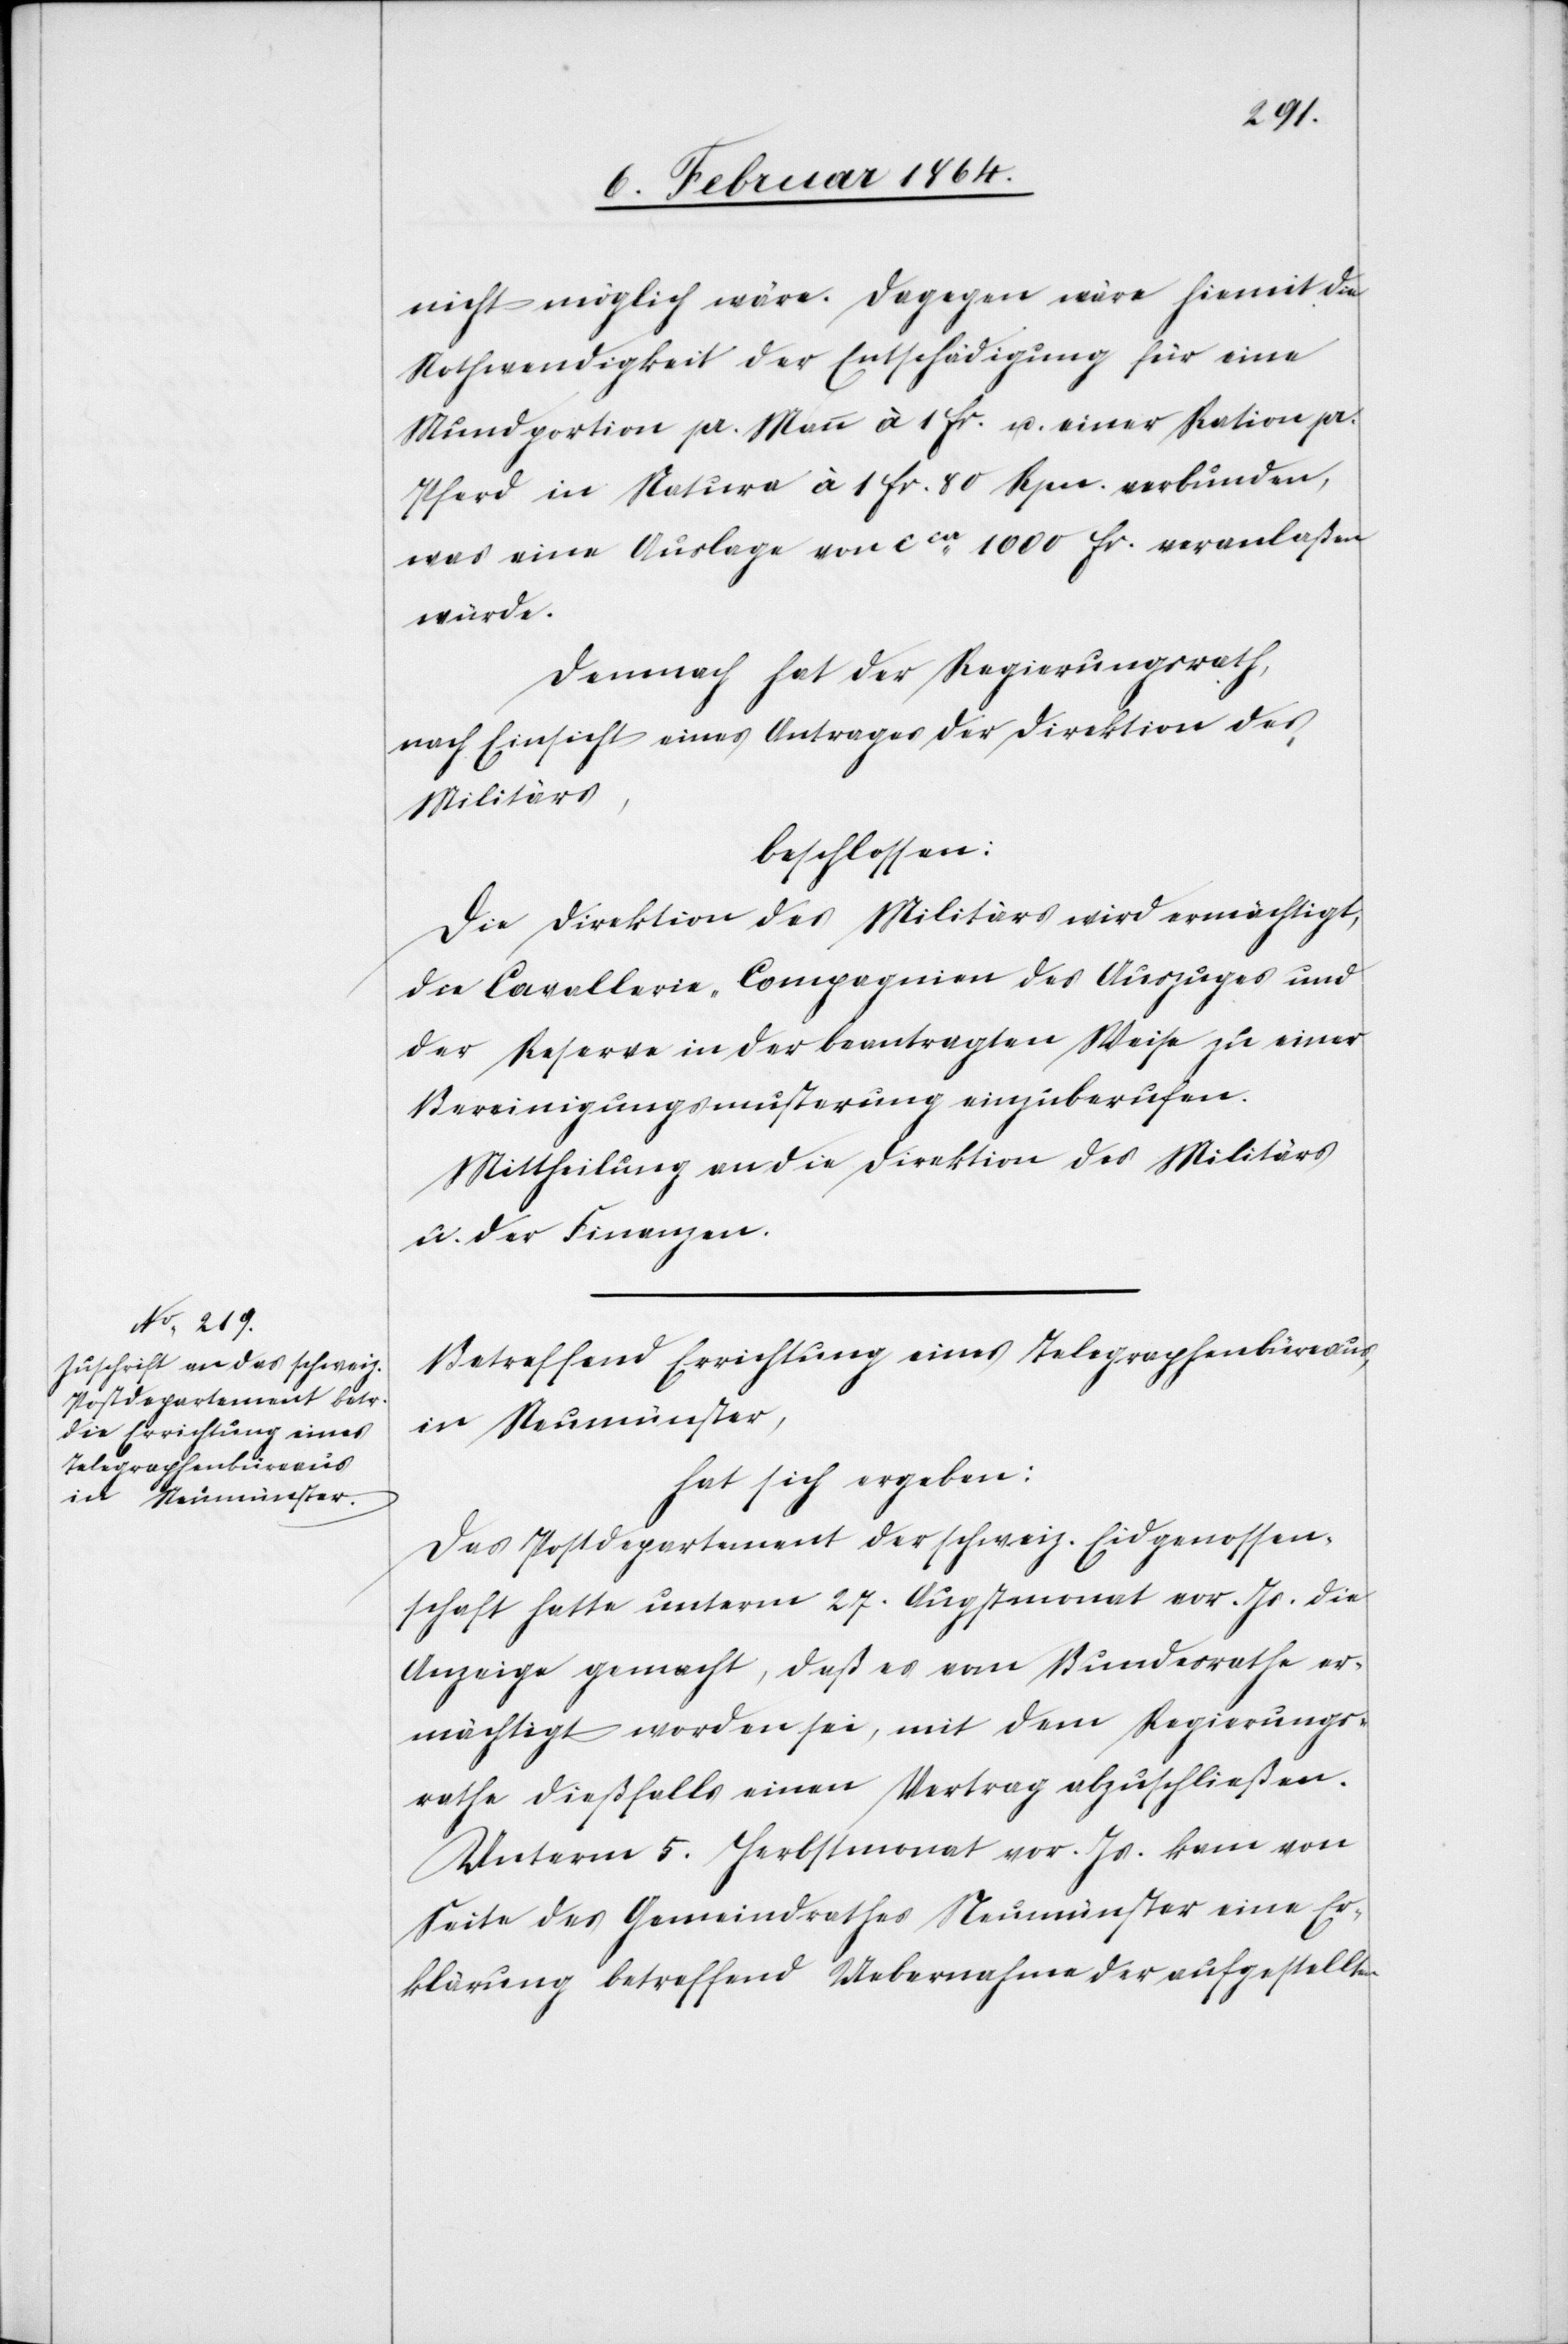
nicht möglich wäre. Dagegen wäre hiemit die
Nothwendigkeit der Entschädigung für eine
Mundportion pr. Mann à 1 fr. u. einer Ration pr.
Pferd in Natura à 1 fr. 80 Rpn. verbunden,
was eine Auslage von cca 1000 fr. veranlaßen
würde.
Demnach hat der Regierungsrath,
nach Einsicht eines Antrages der Direktion des
Militärs,
beschlossen:
Die Direktion des Militärs wird ermächtigt,
die Cavallerie-Compagnion des Auszuges und
der Reserve in der beantragten Weise zu einer
Bereinigungsmusterung einzuberufen.
Mittheilung an die Direktion des Militärs
u. der Finanzen.
Betreffend Errichtung eines Telegraphenbüreaus,
in Neumünster,
hat sich ergeben:
Das Postdepartement der schweiz. Eidgenossen¬
schaft hatte unterm 27. Augustmonat vor. Js. die
Anzeige gemacht, daß es vom Bundesrathe er¬
mächtigt worden sei, mit dem Regierungs¬
rathe dießfalls einen Vertrag abzuschließen.
Unterm 5. Herbstmonat vor. Js. kam von
Seite des Gemeindrathes Neumünster eine Er¬
klärung betreffend Uebernahme der aufgestellten